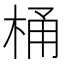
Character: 桶